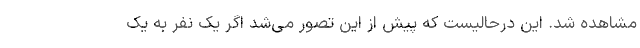
مشاهده شد. این درحالیست که پیش از این تصور می‌شد اگر یک نفر به یک